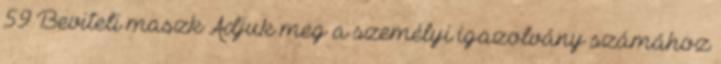
59 Beviteli maszk Adjuk meg a személyi igazolvány számához